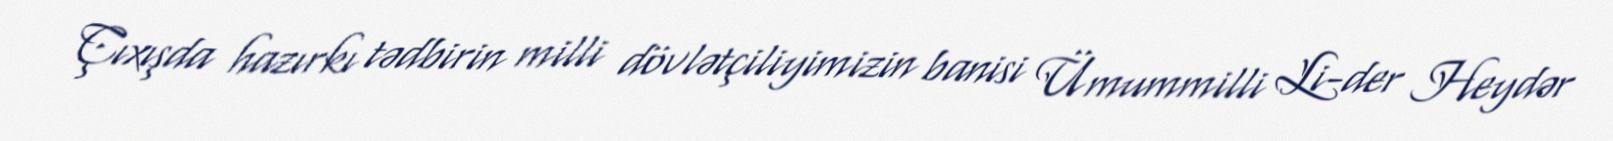
Çıxışda hazırkı tədbirin milli dövlətçiliyimizin banisi Ümummilli Li­der Heydər